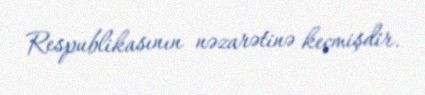
Respublikasının nəzarətinə keçmişdir.